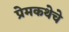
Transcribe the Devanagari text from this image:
प्रेमकथेचे